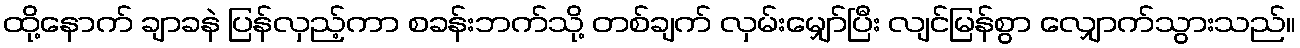
ထို့နောက် ချာခနဲ ပြန်လှည့်ကာ စခန်းဘက်သို့ တစ်ချက် လှမ်းမျှော်ပြီး လျင်မြန်စွာ လျှောက်သွားသည်။